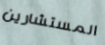
المستشارين